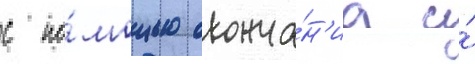
с по́мощью оконча́н'иа и́